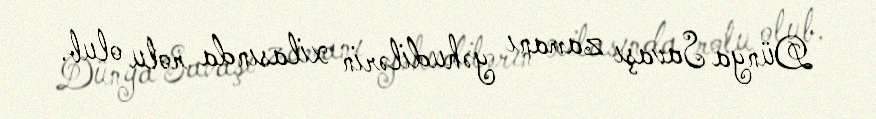
Dünya Savaşı zamanı yəhudilərin xilasında rolu olub.